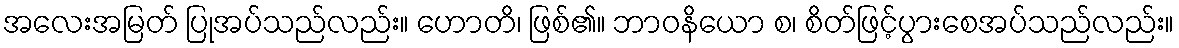
အလေးအမြတ် ပြုအပ်သည်လည်း။ ဟောတိ၊ ဖြစ်၏။ ဘာဝနိယော စ၊ စိတ်ဖြင့်ပွားစေအပ်သည်လည်း။